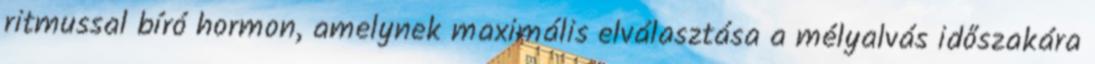
ritmussal bíró hormon, amelynek maximális elválasztása a mélyalvás időszakára